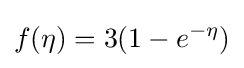
f(\eta )=3(1-e^{-\eta })